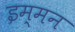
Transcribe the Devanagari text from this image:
इम्मन